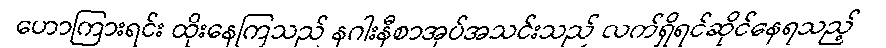
ဟောကြားရင်း ထိုးနေကြသည် နဂါးနီစာအုပ်အသင်းသည် လက်ရှိရင်ဆိုင်နေရသည့်